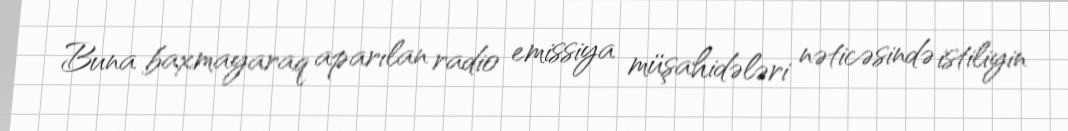
Buna baxmayaraq aparılan radio emissiya müşahidələri nəticəsində istiliyin